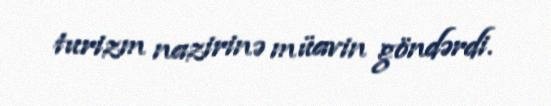
turizm nazirinə müavin göndərdi.